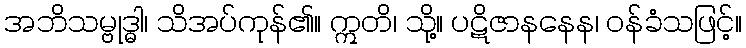
အဘိသမ္ဗုဒ္ဓါ၊ သိအပ်ကုန်၏။ ဣတိ၊ သို့။ ပဋိဇာနနေန၊ ဝန်ခံသဖြင့်။